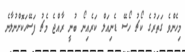
މިހެންވެ ގަތަރުގެ ކޯޗު ހޯސޭ ޑެނިއަލް ކަރެއިނޯ ބުނީ ރާއްޖެ މެޗު ފަސޭހަކޮށްނުލާނެ